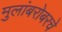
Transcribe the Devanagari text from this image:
मुलांबरोबरचे